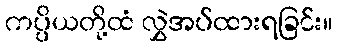
ကပ္ပိယတို့ထံ လွှဲအပ်ထားရခြင်း။